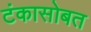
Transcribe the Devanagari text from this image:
टंकासोबत